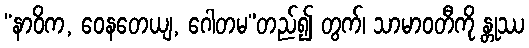
“နာဝိက, ဝေနတေယျ, ဂေါတမ”တည်၍ တွက်၊ သာမာဝတီကို န္တုဿ